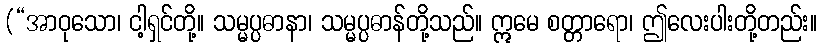
(“အာဝုသော၊ ငါ့ရှင်တို့။ သမ္မပ္ပဓာနာ၊ သမ္မပ္ပဓာန်တို့သည်။ ဣမေ စတ္တာရော၊ ဤလေးပါးတို့တည်း။